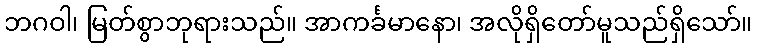
ဘဂဝါ၊ မြတ်စွာဘုရားသည်။ အာကင်္ခမာနော၊ အလိုရှိတော်မူသည်ရှိသော်။